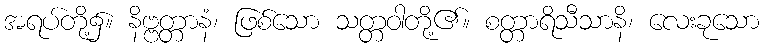
အရပ်တို့၌။ နိဗ္ဗတ္တာနံ၊ ဖြစ်သော သတ္တဝါတို့၏။ စတ္တာရိသီသာနိ၊ လေးခုသော